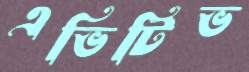
এভিটিভ